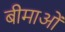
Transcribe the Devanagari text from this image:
बीमाओं